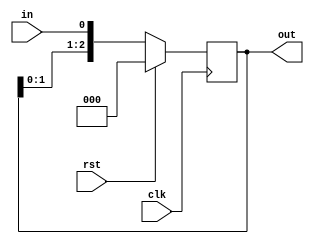
module easy_shifter(
        input           clk    ,
        input           rst    ,
        input           in     ,
        output  [2:0]   out     
    );

    reg [2:0]   in_reg;
    always@(posedge clk) begin
        if(rst)
            in_reg <= 3'd0;
        else
            in_reg <= {in_reg[1:0],in};
    end

    assign out = in_reg;

endmodule